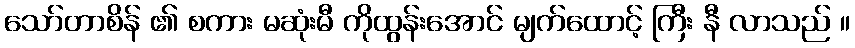
သော်တာစိန် ၏ စကား မဆုံးမီ ကိုထွန်းအောင် မျက်ထောင့် ကြီး နီ လာသည် ။